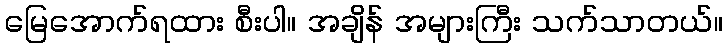
မြေအောက်ရထား စီးပါ။ အချိန် အများကြီး သက်သာတယ်။